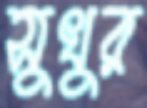
সুখুর